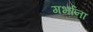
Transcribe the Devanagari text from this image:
गर्भांना